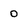
Character: 0